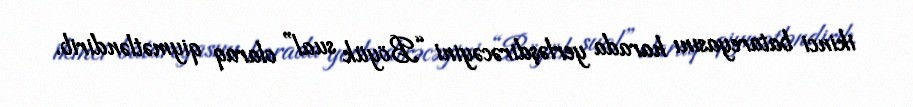
ikinci batareyasını harada yerləşdirəcəyini “Böyük sual” olaraq qiymətləndirib.